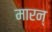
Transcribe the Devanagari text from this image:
मारन्